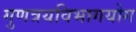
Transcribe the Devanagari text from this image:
गुणत्रयविभागयोग